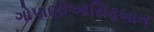
ગોપાણીઆસિફખાન